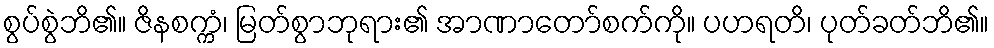
စွပ်စွဲဘိ၏။ ဇိနစက္ကံ၊ မြတ်စွာဘုရား၏ အာဏာတော်စက်ကို။ ပဟရတိ၊ ပုတ်ခတ်ဘိ၏။